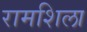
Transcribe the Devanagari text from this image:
रामशिला